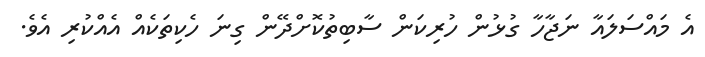
އެ މައްސަލައާ ނަޖާހާ ގުޅުން ހުރިކަން ސާބިތުކޮށްދޭން ގިނަ ހެކިތަކެއް އެއްކުރި އެވެ.